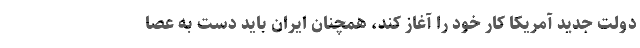
دولت جدید آمریکا کار خود را آغاز کند، همچنان ایران باید دست به عصا